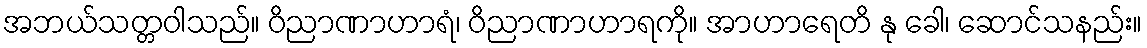
အဘယ်သတ္တဝါသည်။ ဝိညာဏာဟာရံ၊ ဝိညာဏာဟာရကို။ အာဟာရေတိ နု ခေါ၊ ဆောင်သနည်း။